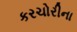
કરચોરીના